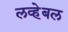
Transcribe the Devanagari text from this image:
लव्हेबल